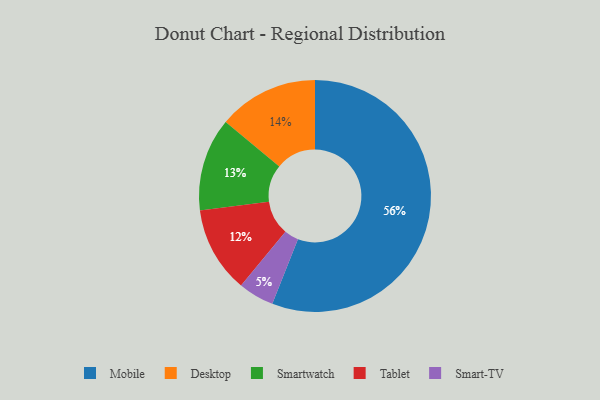
{"axis": {"x": "Category", "y": "Percentage"}, "legend": ["Desktop", "Mobile", "Smart-TV", "Smartwatch", "Tablet"], "data": [{"x": "Tablet", "y": 12, "type": "Tablet"}, {"x": "Smart-TV", "y": 5, "type": "Smart-TV"}, {"x": "Mobile", "y": 56, "type": "Mobile"}, {"x": "Desktop", "y": 14, "type": "Desktop"}, {"x": "Smartwatch", "y": 13, "type": "Smartwatch"}]}